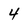
Character: 4